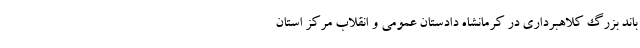
باند بزرگ کلاهبرداری در کرمانشاه دادستان عمومی و انقلاب مرکز استان